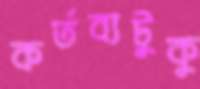
কর্তব্যটুকু